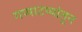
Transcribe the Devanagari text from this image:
गप्पाटप्पांतून